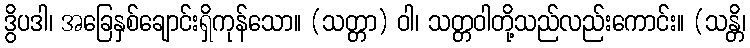
ဒွိပဒါ၊ အခြေနှစ်ချောင်းရှိကုန်သော။ (သတ္တာ) ဝါ၊ သတ္တဝါတို့သည်လည်းကောင်း။ (သန္တိ၊